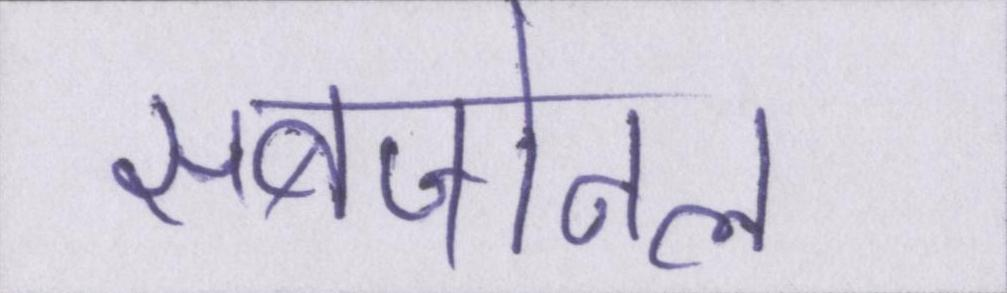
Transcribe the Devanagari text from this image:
सबजोनल